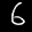
Label: 6